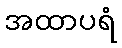
အထာပရံ